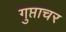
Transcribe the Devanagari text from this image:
गुप्ताचर